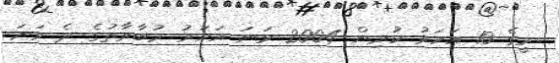
މީގެ 10 އަހަރު ކުރިން 2004 ވަނަ އަހަރު މުބާރާތުގެ ދެ ވަނަ